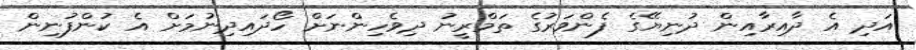
އަދި އެ ދާއިރާއިން ދުނިޔޭގެ ފެންވަރުގެ ތަމްރީނު ދިވެހިންނަށް ހޯދައިދިނުމަށް އެ ކުންފުނިން